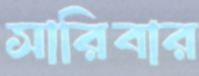
সারিবার